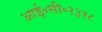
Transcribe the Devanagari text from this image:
आई॰सी॰१३१८